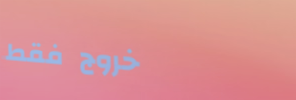
خروج فقط